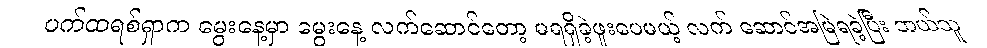
ပက်ထရစ်ရှာက မွေးနေ့မှာ မွေးနေ့ လက်ဆောင်တော့ မရရှိခဲ့ဖူးပေမယ့် လက် ဆောင်အမြဲရခဲ့ပြီး ဘယ်သူ